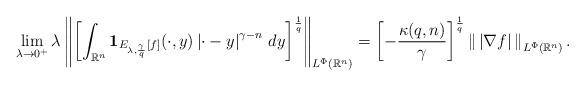
LaTeX: \begin{align*}&\lim_{\lambda\to0^+}\lambda\left\|\left[\int_{\mathbb{R}^n}\mathbf{1}_{E_{\lambda,\frac{\gamma}{q}}[f]}(\cdot,y)\left|\cdot-y\right|^{\gamma-n}\,dy\right]^\frac{1}{q}\right\|_{L^\Phi(\mathbb{R}^n)}=\left[-\frac{\kappa(q,n)}{\gamma}\right]^\frac{1}{q}\left\|\,\left|\nabla f\right|\,\right\|_{L^\Phi(\mathbb{R}^n)}.\end{align*}